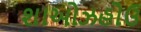
શાઓઝહોઉ